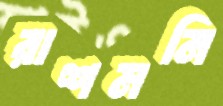
রাশমনি